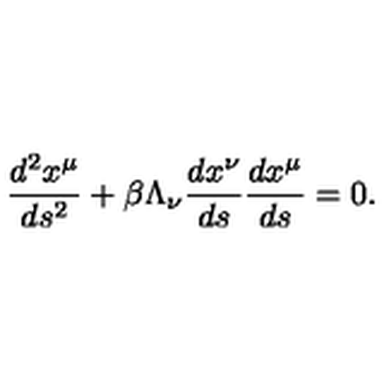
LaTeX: \frac { d ^ { 2 } x ^ { \mu } } { d s ^ { 2 } } + \beta \Lambda _ { \nu } \frac { d x ^ { \nu } } { d s } \frac { d x ^ { \mu } } { d s } = 0 .